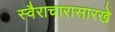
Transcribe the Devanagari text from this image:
स्वैराचारासारखे